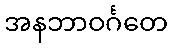
အနဘာဝင်္ဂတေ